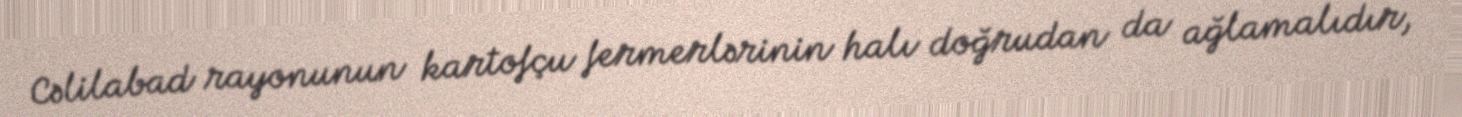
Cəlilabad rayonunun kartofçu fermerlərinin halı doğrudan da ağlamalıdır,